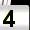
Digit: 4